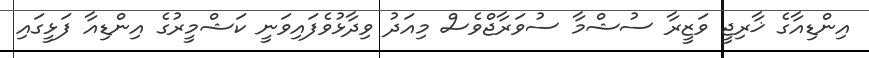
އިންޑިއާގެ ޚާރިޖީ ވަޒީރާ ސުޝްމާ ސުވަރާޖްވެސް މިއަދު ވިދާޅުވެފައިވަނީ ކަޝްމީރުގެ އިންޑިއާ ފަޅީގައި